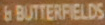
6 BUTTERFIELDS